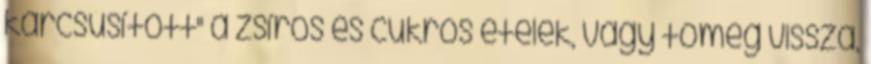
karcsúsított" a zsíros és cukros ételek, vagy tömeg vissza,